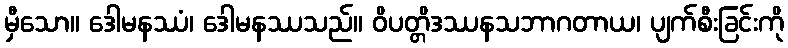
မှီသော။ ဒေါမနဿံ၊ ဒေါမနဿသည်။ ဝိပတ္တိဒဿနသဘာဂတာယ၊ ပျက်စီးခြင်းကို